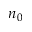
n _ { 0 }